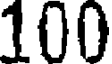
100